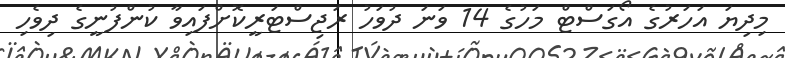
މިދިޔަ އަހަރުގެ އޯގަސްޓް މަހުގެ 14 ވަނަ ދުވަހު ރަޖިސްޓަރީކޮށްފައިވާ ކުންފުނީގެ ދިވެހި